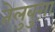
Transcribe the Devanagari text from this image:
तेलुबुग़ा